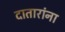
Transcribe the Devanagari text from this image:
दातारांना